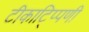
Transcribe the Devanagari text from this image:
टीकाटि्प्पणी